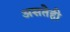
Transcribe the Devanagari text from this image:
असतेही